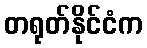
တရုတ်နိုင်ငံက